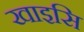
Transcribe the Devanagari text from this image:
खाइसि